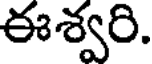
ఈశ్వరి.